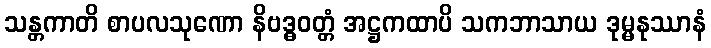
သန္တကာတိ စာပလသုဏော နိဗဒ္ဓဝတ္တံ အဋ္ဌကထာပိ သကဘာသာယ ဒုမ္မနုဿာနံ